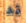
قد